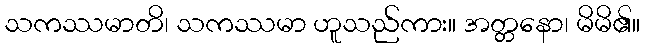
သကဿမာတိ၊ သကဿမာ ဟူသည်ကား။ အတ္တနော၊ မိမိ၏။